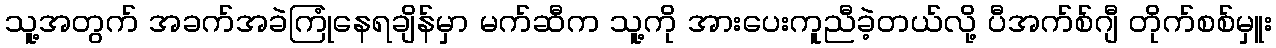
သူ့အတွက် အခက်အခဲကြုံနေရချိန်မှာ မက်ဆီက သူ့ကို အားပေးကူညီခဲ့တယ်လို့ ပီအက်စ်ဂျီ တိုက်စစ်မှူး